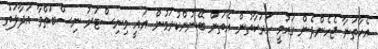
އެހާތަނާ ޖެހެންދެން ގައުމީ ހަރަކާތުން އެތަން ބޭނުންކުރަމުން އައީ މިނިސްޓަރު ނިސްބަތްވާ އަދާލަތު